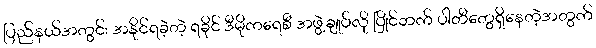
ပြည်နယ်အတွင်း အနိုင်ရခဲ့တဲ့ ရခိုင် ဒီမိုကရေစီ အဖွဲ့ချုပ်လို ပြိုင်ဘက် ပါတီတွေရှိနေတဲ့အတွက်